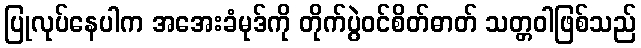
ပြုလုပ်နေပါက အအေးခံမုဒ်ကို တိုက်ပွဲဝင်စိတ်ဓာတ် သတ္တဝါဖြစ်သည်